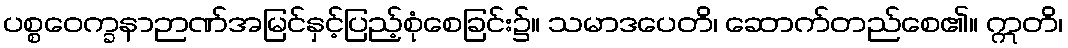
ပစ္စဝေက္ခနာဉာဏ်အမြင်နှင့်ပြည့်စုံစေခြင်း၌။ သမာဒပေတိ၊ ဆောက်တည်စေ၏။ ဣတိ၊